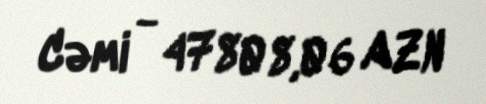
Cəmi - 47808,06 AZN